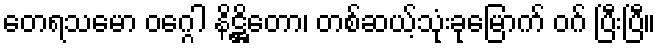
တေရသမော ဝဂ္ဂေါ နိဋ္ဌိတော၊ တစ်ဆယ့်သုံးခုမြောက် ဝဂ် ပြီးပြီ။